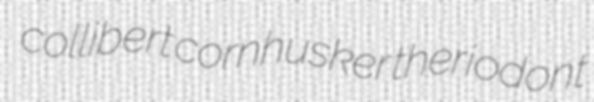
collibert cornhusker theriodont